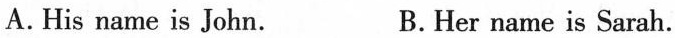
A.His name is John. B.Her name is Sarah.